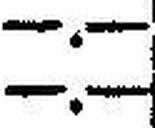
—.—